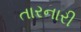
તારનારી